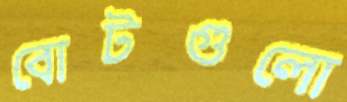
বোটগুলো